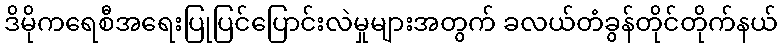
ဒိမိုကရေစီအရေးပြုပြင်ပြောင်းလဲမှုများအတွက် ခလယ်တံခွန်တိုင်တိုက်နယ်